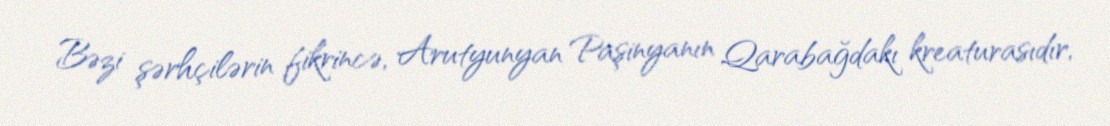
Bəzi şərhçilərin fikrincə, Arutyunyan Paşinyanın Qarabağdakı kreaturasıdır,